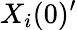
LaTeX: X_{i}(0)^{\prime}